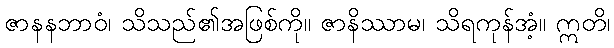
ဇာနနဘာဝံ၊ သိသည်၏အဖြစ်ကို။ ဇာနိဿာမ၊ သိရကုန်အံ့။ ဣတိ၊